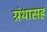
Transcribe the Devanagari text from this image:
ग्रंथासह